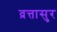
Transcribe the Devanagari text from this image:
व्रत्तासुर